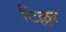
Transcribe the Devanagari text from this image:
टिल्लर